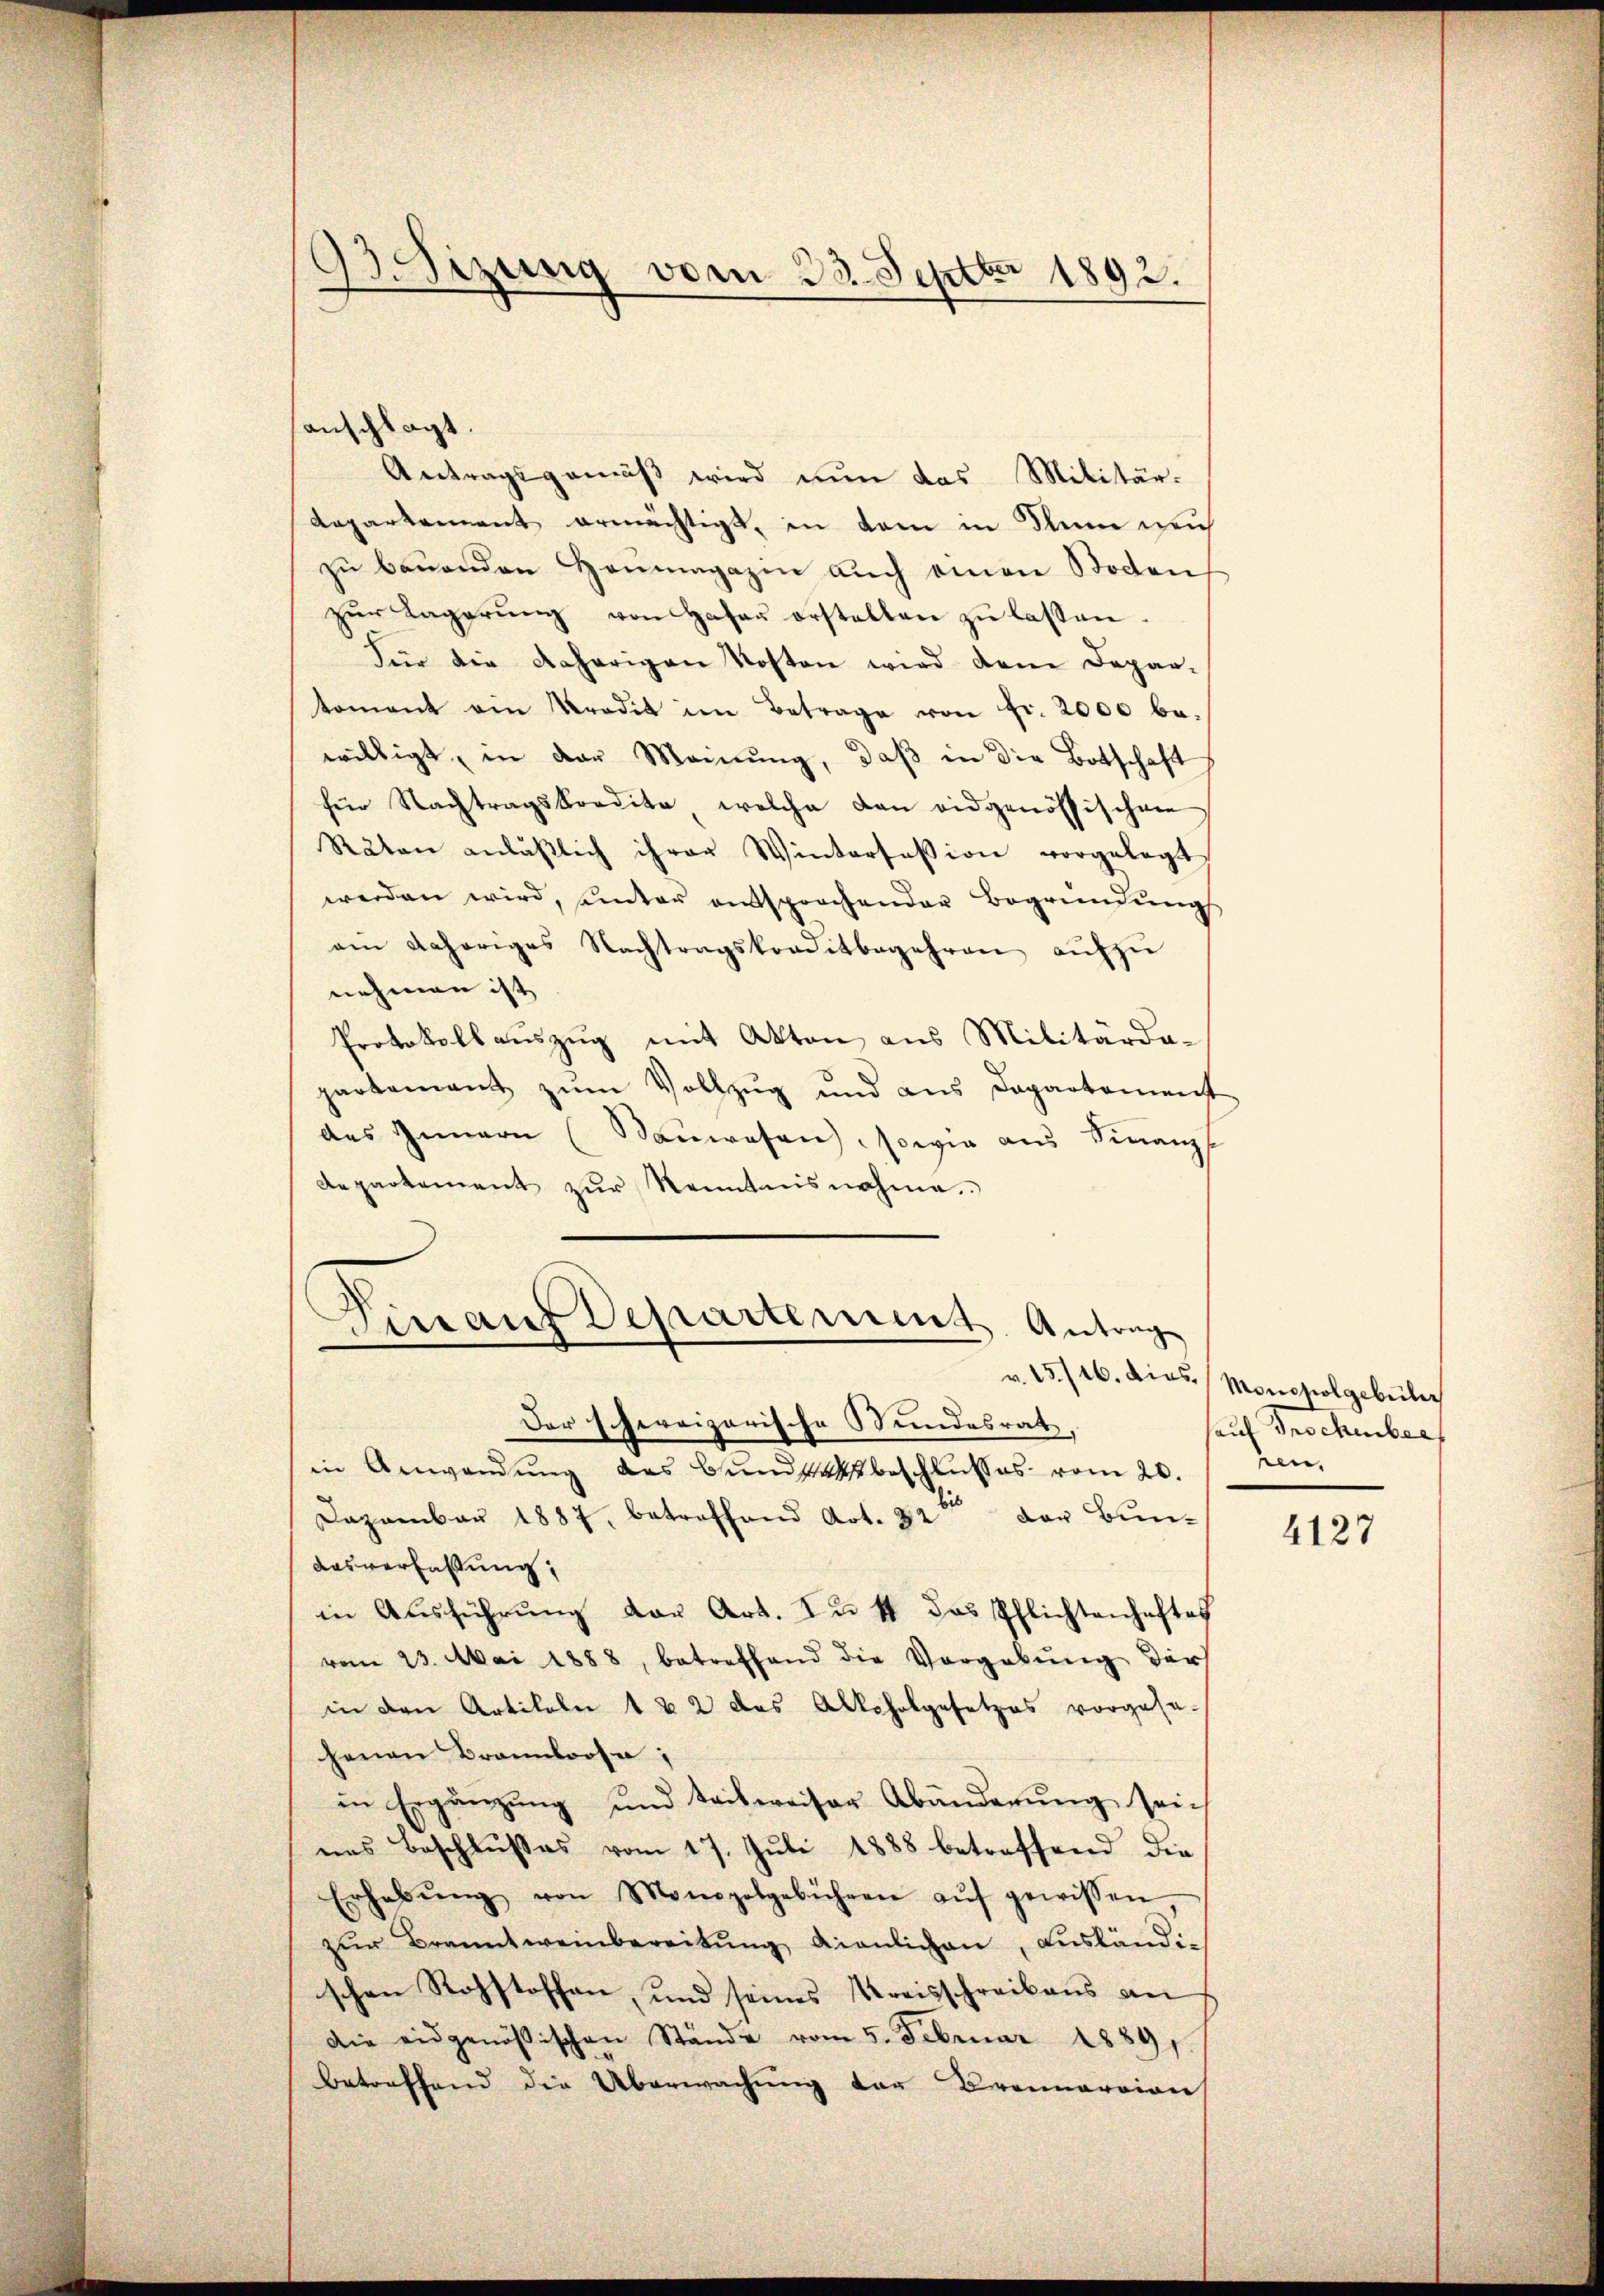
33. Sizung vom 23. Septbr 1892.

anschlägt.
Antragsgemäß wird nun das Militär-
departement ermächtigt, in dem in den weich
zu bauenden Heumagazin auch einen Boden
zŭr Lagerŭng von Hafer erstellen zŭ lassen.
Für die daherigen Kosten wird dem Depar-
tomant ein Kredit im Betrage von fr. 2000 bewilligt, in der Meinung, daß in die Botschaft
für Nachtragskordita, welche dan eidgenössischen
Räten anläβlich ihrer Wintersession vorgelegt,
werden wird, unter entsprochender Begründŭngs
am gehöriges Nachtragskreditbegehren aŭfzŭ
nehmen ist |
Protokollauszug mit Akten aus Militärda-
parkament zŭm Vollzŭg und aus Departement
des Innern (Sauwesen, sowie aus Finanz
Repartement zŭr Kenntnisnahme.
Tinaus Departements Antrage
u.15/16. dies Moncholgebule
Der schweizerische Wundesrat
in Anwendŭng das Bundsatz beschlusses vom 20. / ren,
Dazambar 1887, betreffend Art. 82 der Bun¬
Aasverfassung,
in Ausführung der Art. zu 4 das Pflichtenhaftes
vom 23. Mai 1888, betreffend die Vorgabŭng durch
in den Artikeln 1 & 2 das Alkoholgesetzes vorgese-
henen Brannloose,
in Ergänzŭng und teilweiser Abänderŭng sein
nes Beschlußes vom 17. Juli 1888 betreffend die
Erhebŭng von Monopolgebühren aŭf gewissen
zŭr Branntweinbereitŭng dienlichen, aŭsländ
schen Rohstoffen und seines Kreisschreibens an
Die eidgenössischen Stände vom 5. Februar 1889
betreffend die Überwachung der Bronnarrion

auf Procheber

4127